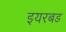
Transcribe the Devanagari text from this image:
इयरबड